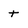
Character: t